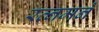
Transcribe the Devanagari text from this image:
रत्नमने